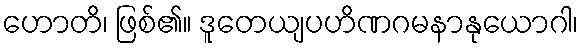
ဟောတိ၊ ဖြစ်၏။ ဒူတေယျပဟိဏဂမနာနုယောဂါ၊